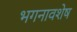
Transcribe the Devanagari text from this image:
भगनावशेष